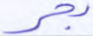
بحر